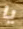
يا